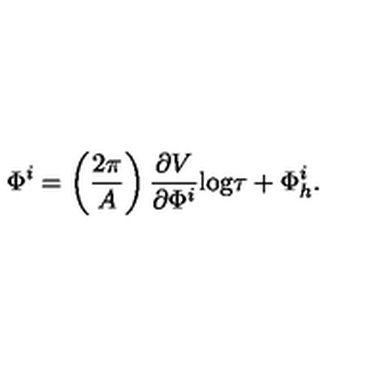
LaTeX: \Phi ^ { i } = \left( \frac { 2 \pi } { A } \right) \frac { \partial V } { \partial \Phi ^ { i } } \mathrm { l o g } \tau + \Phi _ { h } ^ { i } .